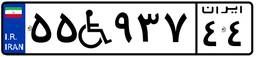
۷۹W۷۳۷۳۵